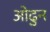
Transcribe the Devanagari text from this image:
ओढुन